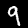
Digit: 9